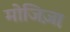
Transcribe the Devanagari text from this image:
मोजिज़ा